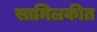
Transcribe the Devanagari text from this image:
सामिलकीत